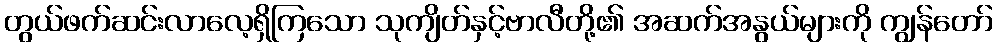
တွယ်ဖက်ဆင်းလာလေ့ရှိကြသော သုကျိတ်နှင့်ဗာလီတို့၏ အဆက်အနွယ်များကို ကျွန်တော်